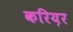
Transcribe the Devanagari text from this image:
करिय़र